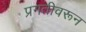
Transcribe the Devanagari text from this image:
प्रगतीवरून